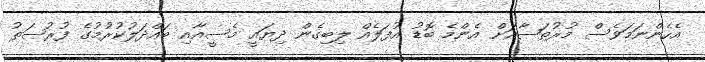
އެހެންނަމަވެސް މުރުތަޟާއަށް އެންމެ ބޮޑު އުފަލެއް ލިބިގެން ދިޔައީ މެސީއާއި ބައްދަލުކުރުމުގެ ފުރުޞަތު